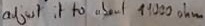
Text: adjust it to about 19000Ω